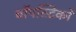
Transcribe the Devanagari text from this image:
चॉपस्टिकों